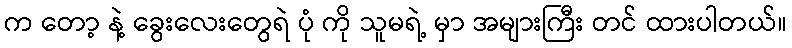
က တော့ နဲ့ ခွေးလေးတွေရဲ ပုံ ကို သူမရဲ့ မှာ အများကြီး တင် ထားပါတယ်။